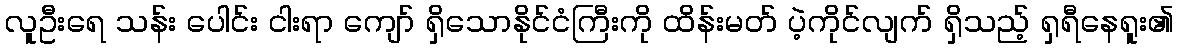
လူဦးရေ သန်း ပေါင်း ငါးရာ ကျော် ရှိသောနိုင်ငံကြီးကို ထိန်းမတ် ပဲ့ကိုင်လျက် ရှိသည့် ရှရီနေရူး၏